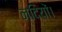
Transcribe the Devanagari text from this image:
नदियों।